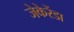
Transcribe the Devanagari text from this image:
जेकेरेंडा